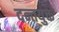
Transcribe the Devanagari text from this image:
दन्तयुक्त